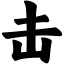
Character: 击